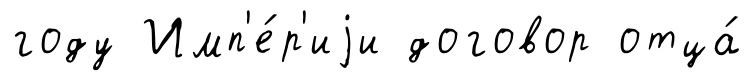
году Имп'е́р'иjи договор отца́